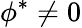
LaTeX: {\phi}^{*}\neq 0